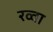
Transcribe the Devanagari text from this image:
रव्वा